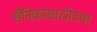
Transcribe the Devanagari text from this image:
सैनिकांसाठीच्या